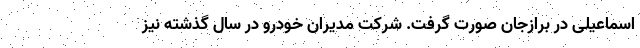
اسماعیلی در برازجان صورت گرفت. شرکت مدیران خودرو در سال گذشته نیز